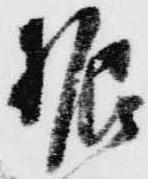
振